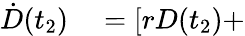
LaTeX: \begin{array}{rl}{\dot{D}(t_{2})}&{{}=[rD(t_{2})+}\end{array}